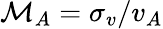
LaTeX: \mathcal{M}_{A}=\sigma_{v}/v_{A}